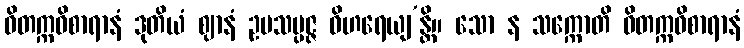
ဝိတက္ကဝိစာရာနံ ဒုတိယံ ဈာနံ ဥပသမ္ပဇ္ဇ ဝိဟရေယျ’န္တိ။ သော န သက္ကောတိ ဝိတက္ကဝိစာရာနံ